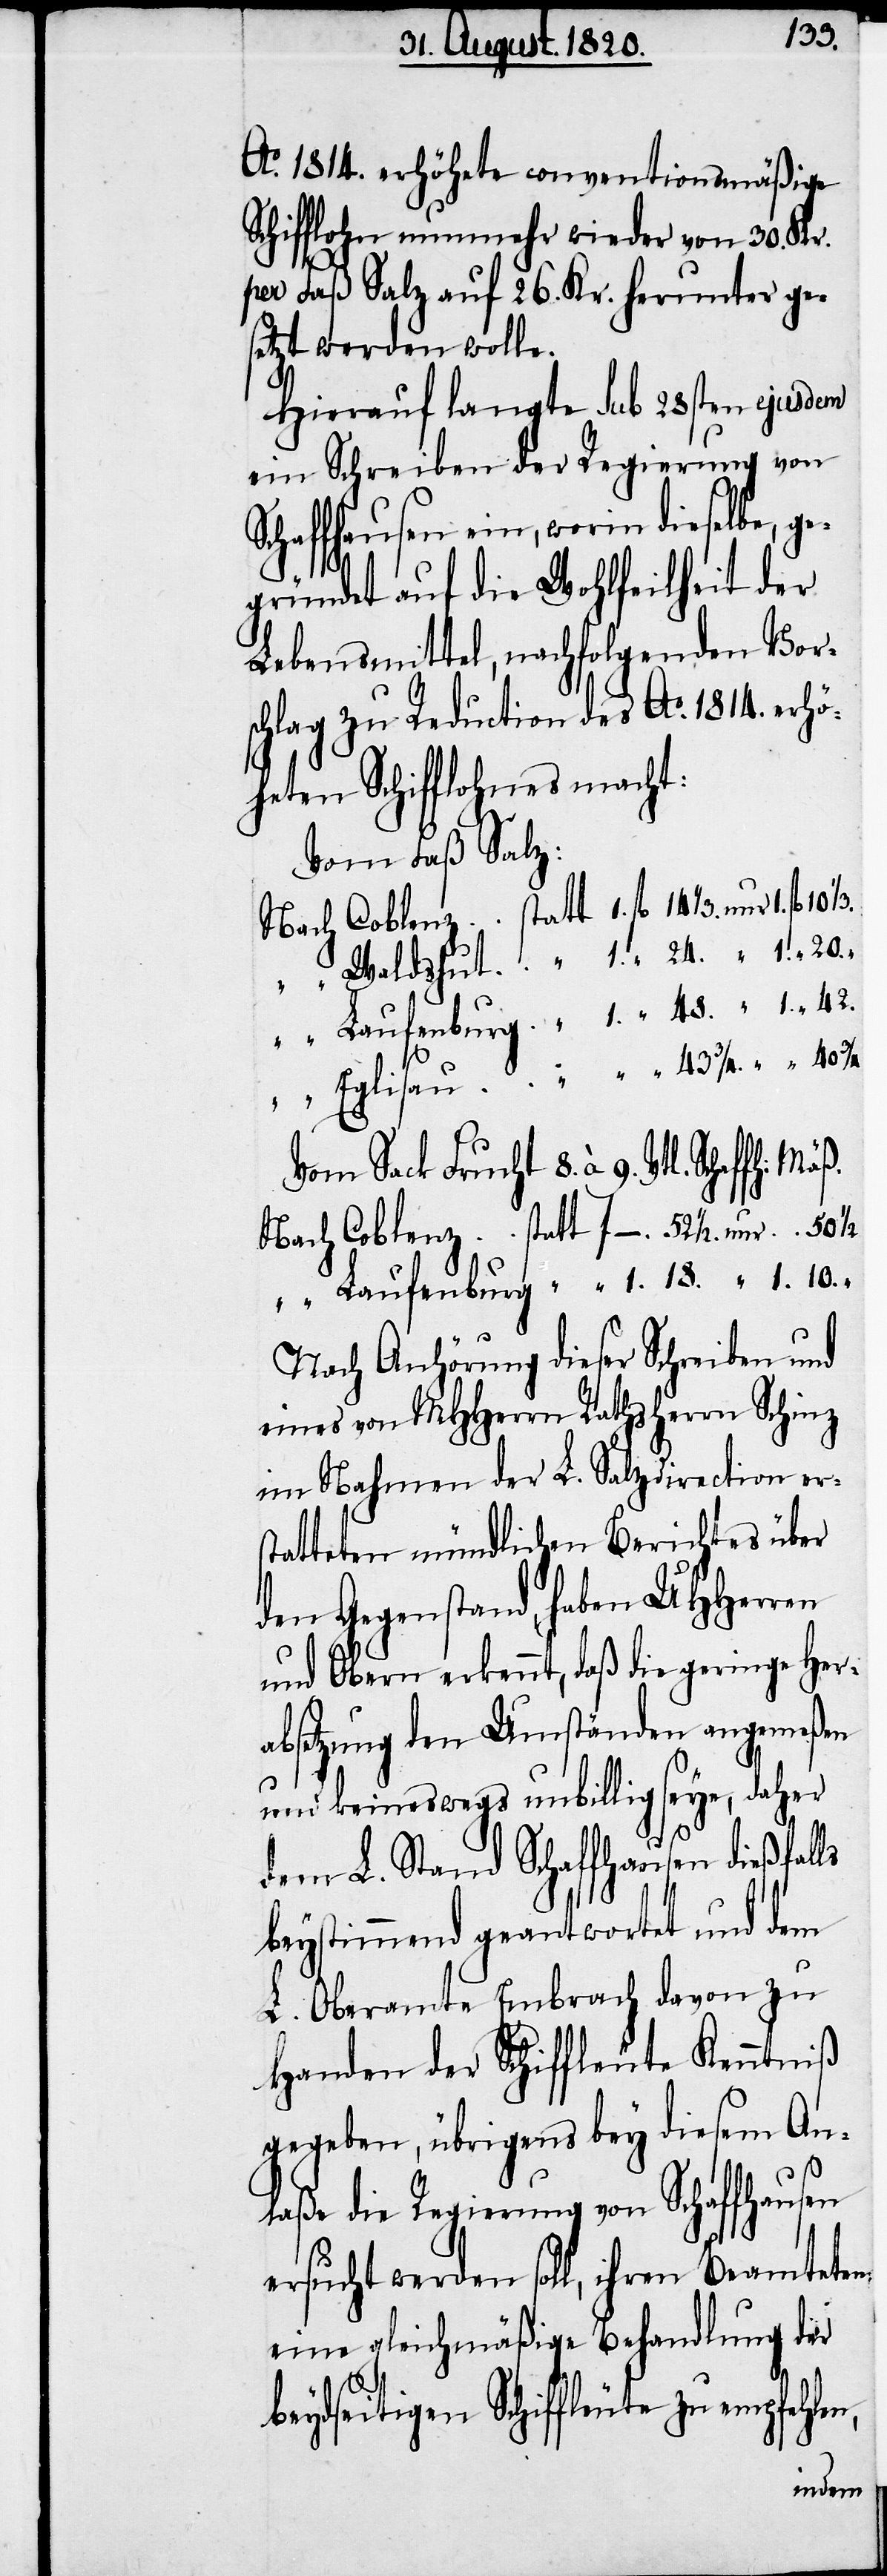
1/3.
Ao. 1814. erhöhte conventionsmäßige
Schifflohn nunmehr wieder von 30. Kr.
per Faß Salz auf 26. Kr. herunter ge¬
setzt werden wolle.
Hierauf langte sub 28sten ejusdem
ein Schreiben der Regierung von
Schaffhausen ein, worin dieselbe, ge¬
gründet auf die Wohlfeilheit der
Lebensmittel, nachfolgenden Vors¬
chlag zu Reduction des Ao. 1814. erhö¬
heten Schifflohnes macht:
Vom Faß Salz:
Vom Sack Frucht 8. à 9. Vtl. Schaffh:
Nach 	Coblenz 	statt f–. 	52 1/2.
Nach Anhörung dieser Schreiben und
eines von MHherrn Rathsherrn Schinz
im Nahmen der L. Salzdirection ers¬
tatteten mündlichen Berichtes über
den Gegenstand haben UHhHerren
und Obern erkennt, daß die geringe Her¬
absetzung den Umständen angemeßen
und keineswegs unbillig seye, daher
dem L. Stand Schaffhausen dießfalls
beystimmend geantwortet und dem
L. Oberamte Embrach davon zu
Handen der Schiffleute Kenntniß
gegeben, übrigens bey diesem An¬
laße die Regierung von Schaffhausen
ersucht werden soll, ihren Beamteten
eine gleichmäßige Behandlung der
beydseitigen Schiffleute zu empfehl¬
en,